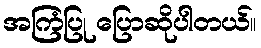
အကြံပြု ပြောဆိုပါတယ်။